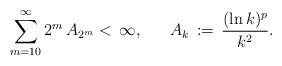
LaTeX: \begin{align*}\sum_{m=10}^\infty 2^m\, A_{2^m} <\, \infty, \ \ \ \ \ A_k\,:=\, \frac{(\ln k)^p}{k^2}.\end{align*}